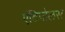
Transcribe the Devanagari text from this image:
एंटिपोलस